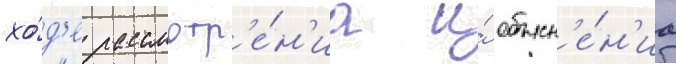
хо́д'е рассмотр'е́н'иа и́ объясн'е́н'иа